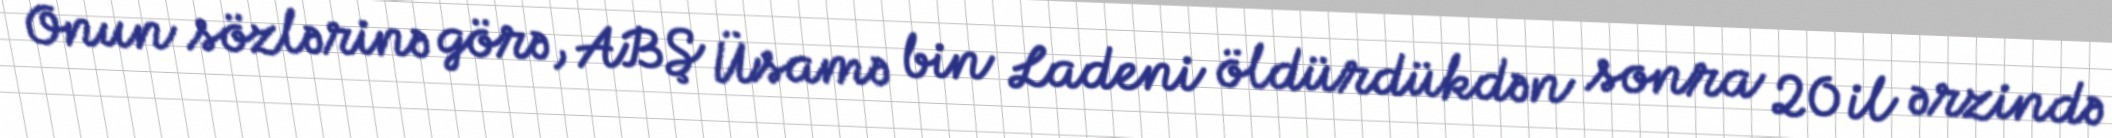
Onun sözlərinə görə, ABŞ Üsamə bin Ladeni öldürdükdən sonra 20 il ərzində